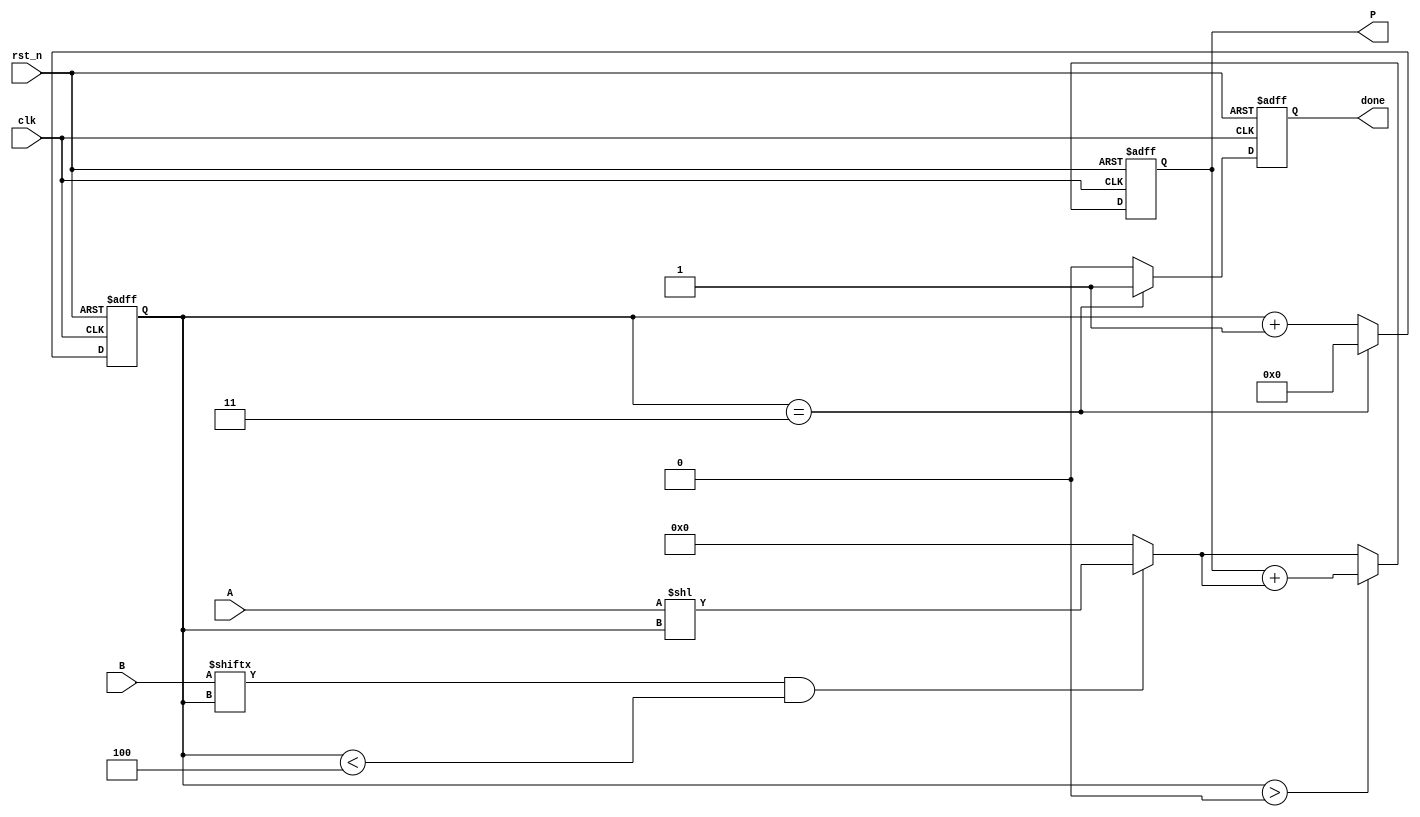
`timescale 1ns/1ps

module mac #(
	     parameter N = 4
	     )
   (
    input 		 clk,
    input 		 rst_n,
    input [N-1:0] 	 A, 
    input [N-1:0] 	 B,
    output reg [2*N-1:0] P,
    output reg 		 done
    );

   localparam K = $clog2(N);  // <== this is synthesizable since the function is 
                              //     only evaluated at design time for constant parameters.

                              // It would NOT be synthesizable as a function of signals.
   
   reg [2*N-1:0] 	     shifted_term;
   reg [2*N-1:0] 	     partial_product;
   reg [2*N-1:0] 	     next_sum;
   reg [N-1:0]   	     i;
   
   
   
   // Initializations
   initial begin
      P    = 0;
      i    = 0;
      done = 0;
   end

   // Combinational Behavior:
   always @(*) begin
      shifted_term = A << i;
      if (B[i] && (i<N))
	partial_product = shifted_term;
      else
	partial_product = 0;

      if (i > 0)
	next_sum = P + partial_product;
      else
	next_sum = partial_product;
      
      
   end

   
   // Behavior
   always @(posedge clk, negedge rst_n) begin
      if (!rst_n) begin
	 // Reset behavior:
	 P    <= 0;
	 i    <= 0;
	 done <= 0;	 

      end
      else begin
	 // Normal behavior:
	 P    <= next_sum;
	 
	 if (i == N-1) begin
	    i    <= 0;	  
	    done <= 1;
	 end
	 else begin
	    i    <= i + 1;
	    done <= 0;	    
	 end
	   
      end
   end
   
endmodule